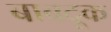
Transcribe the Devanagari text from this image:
बाबदूक